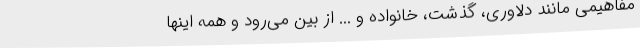
مفاهیمی مانند دلاوری، گذشت، خانواده و ... از بین می‌رود و همه اینها